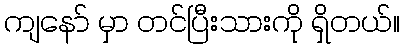
ကျနော် မှာ တင်ပြီးသားကို ရှိတယ်။